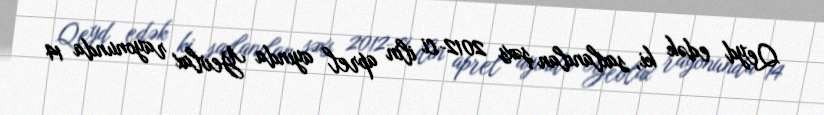
Qeyd edək ki, saxlanılan şəxs 2012-ci ilin aprel ayında Yevlax rayonunda 14